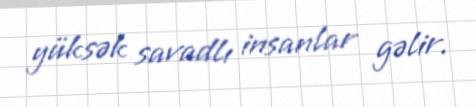
yüksək savadlı insanlar gəlir.